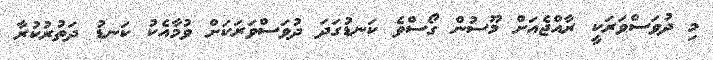
މި ދުވަސްވަރަކީ ރާއްޖެއަށް މޫސުން ގޯސްވެ ކަނޑުގަދަ ދުވަސްވަރަކަށް ވުމާއެކު ކަނޑު ދަތުރުކުރާ